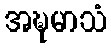
အဍ္ဎမာသံ